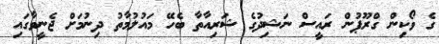
ގެ ވޯކިން ގްރޫޕުން ރައީސް ނަޝިދުގެ ޝަރިއާތާ ބެހޭ މައުލުމާތު ދިނުމަށް ޖެނީވާގައި